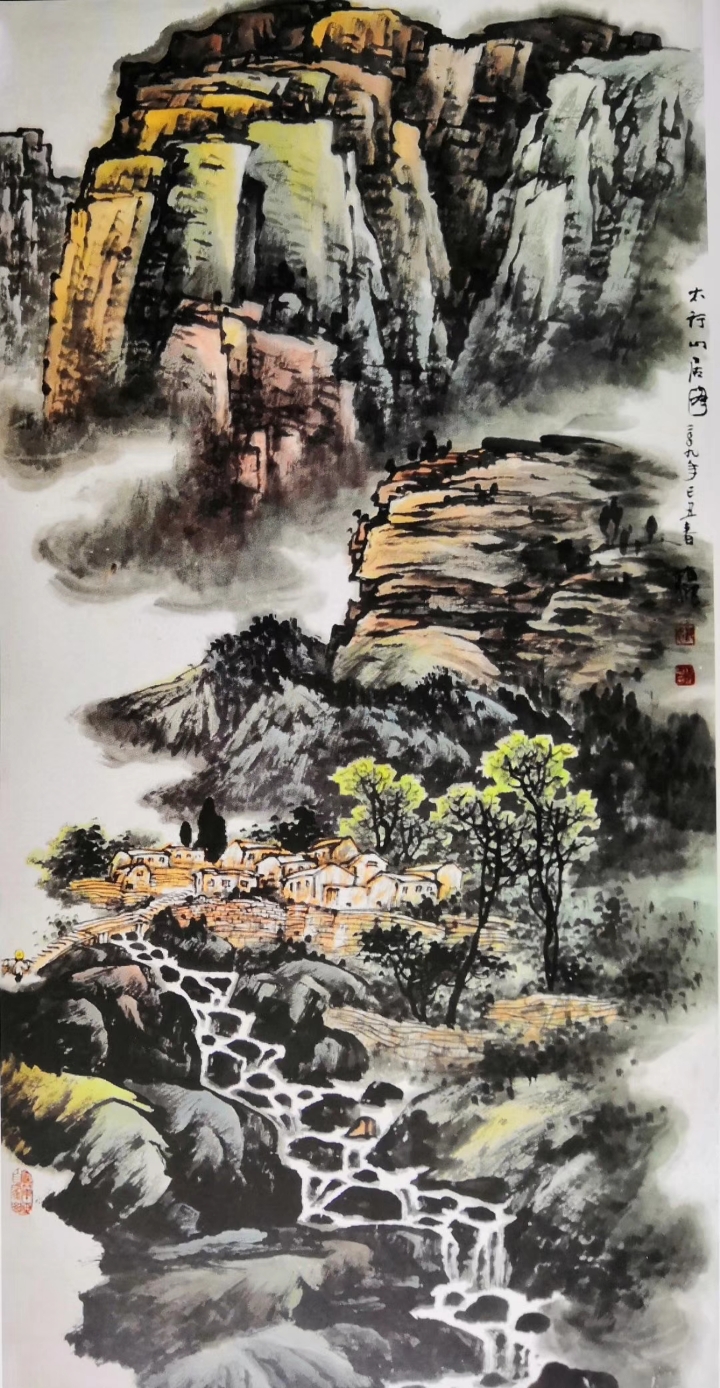
芰荷迭映蔚，蒲稗相因依。